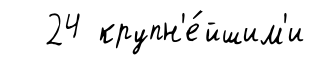
24 крупн'е́йшим'и